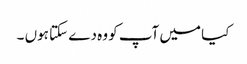
کیا میں آپ کو وہ دے سکتا ہوں ۔